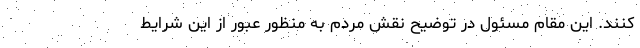
کنند. این مقام مسئول در توضیح نقش مردم به منظور عبور از این شرایط